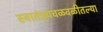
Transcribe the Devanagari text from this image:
स्वातंत्र्यचळवळीतल्या